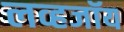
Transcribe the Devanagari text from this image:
लव्हजॉय